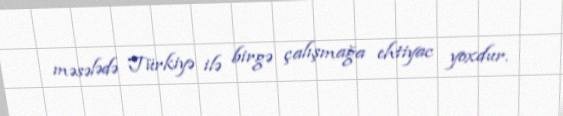
məsələdə Türkiyə ilə birgə çalışmağa ehtiyac yoxdur.